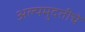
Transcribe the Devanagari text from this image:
अल्पमुदतीचे